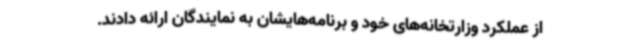
از عملکرد وزارتخانه‌های خود و برنامه‌هایشان به نمایندگان ارائه دادند.